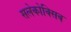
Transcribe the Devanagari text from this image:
सलेकोक्सिब